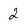
Character: 2